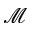
\mathcal { M }